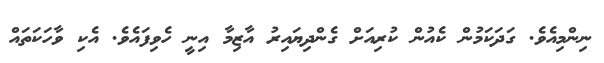
ނިންމިއެވެ. ގަދަކަމުން ކެއުން ކުރިއަށް ގެންދިޔައިރު އާޒިމާ އިނީ ހެވިފައެވެ. އެކި ވާހަކަތައް